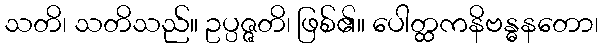
သတိ၊ သတိသည်။ ဥပ္ပဇ္ဇတိ၊ ဖြစ်၏။ ပေါတ္ထကနိဗန္ဓနတော၊